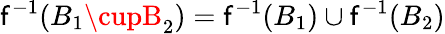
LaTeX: \mathsf{f}^{-1}(B_{1}\cupB_{2})=\mathsf{f}^{-1}(B_{1})\cup\mathsf{f}^{-1}(B_{2})